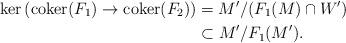
LaTeX: \begin{align*}\ker \left( \mathrm{coker}(F_1) \rightarrow \mathrm{coker}(F_2) \right) &= M' / ( F_1(M) \cap W') \\&\subset M' / F_1(M').\end{align*}